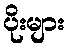
ပိုးများ